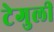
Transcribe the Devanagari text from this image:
टेगुली